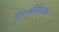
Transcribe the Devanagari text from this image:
पैरामीशियम